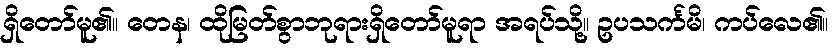
ရှိတော်မူ၏။ တေန၊ ထိုမြတ်စွာဘုရားရှိတော်မူရာ အရပ်သို့။ ဥပသင်္ကမိ၊ ကပ်လေ၏။